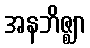
အနဘိဇ္ဈာ